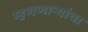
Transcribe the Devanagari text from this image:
म्हणणाऱ्यांचा